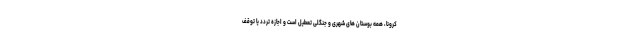
کرونا، همه بوستان های شهری و جنگلی تعطیل است و اجازه تردد یا توقف